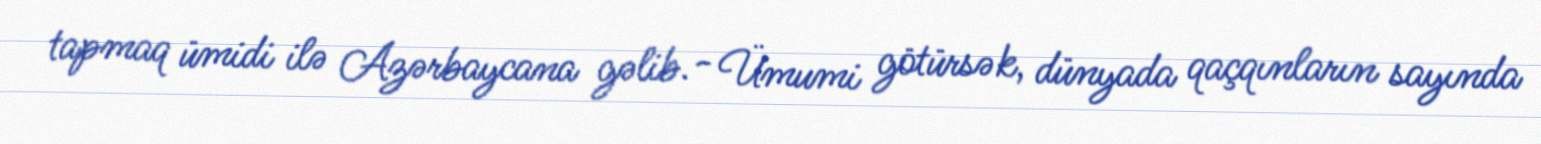
tapmaq ümidi ilə Azərbaycana gəlib.- Ümumi götürsək, dünyada qaçqınların sayında